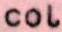
col